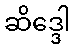
ဆိဒ္ဒေါ